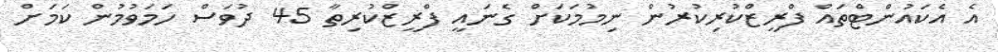
އެ އެކައުންޓްތައް ފްރީޒްކުރިކުރުން ނިމުމަކަށް ގެނައީ ފްރީޒްކުރިތާ 45 ދުވަސް ހަމަވުމުން ކަމަށް